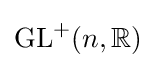
\operatorname {GL} ^{+}(n,\mathbb {R} )